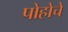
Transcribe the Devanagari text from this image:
पोहोचे